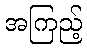
အကြည့်